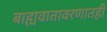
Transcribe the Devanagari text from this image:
बाह्यवातावरणातही